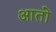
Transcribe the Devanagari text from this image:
आताे